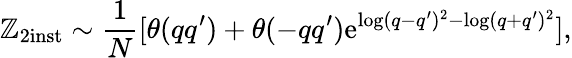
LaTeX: \mathbb{Z}_{2\mathrm{{inst}}}\sim\frac{{1}}{{N}}[\theta(qq^{\prime})+\theta(-qq^{\prime})\mathrm{{e}}^{\log(q-q^{\prime})^{2}-\log(q+q^{\prime})^{2}}],